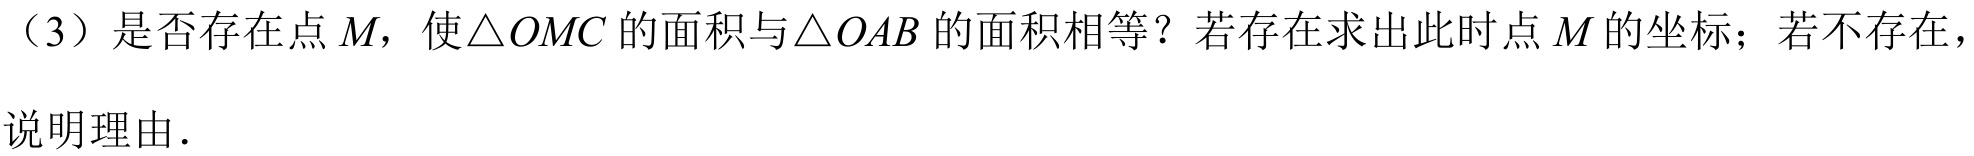
（3）是否存在点\(M\)，使\(\triangle OMC\)的面积与\(\triangle OAB\)的面积相等？若存在求出此时点\(M\)的坐标；若不存在，说明理由.